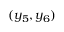
( y _ { 5 } , y _ { 6 } )